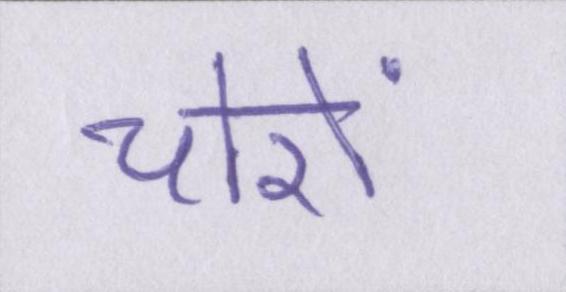
चोरों